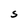
Character: S